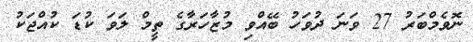
ނޮވެމްބަރު 27 ވަނަ ދުވަހު ބޭއްވި މުޒާހަރާގެ ތީމް ލަވަ ކުޑަ ކުއްޖަކު